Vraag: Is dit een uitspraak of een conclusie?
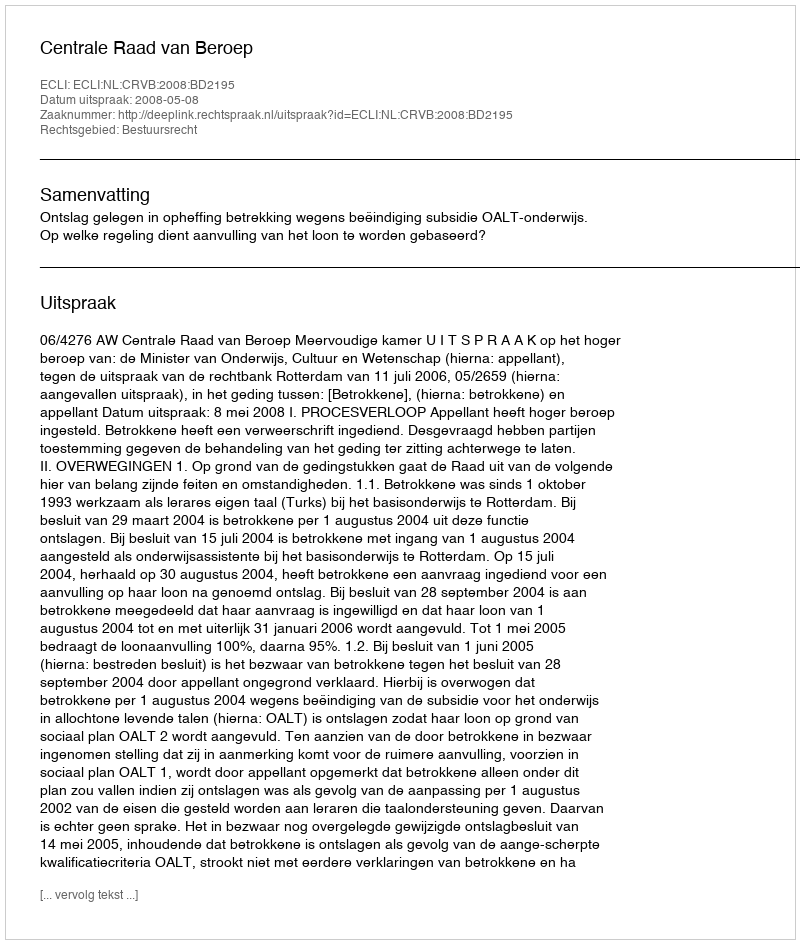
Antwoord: Uitspraak